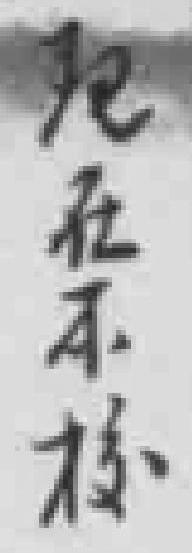
现在本校